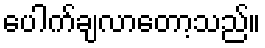
ပေါက်ချလာတော့သည်။